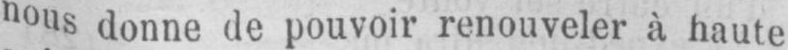
nous donne de pouvoir renouveler à haute